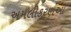
અમલીકરણઆ